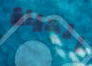
الحياة